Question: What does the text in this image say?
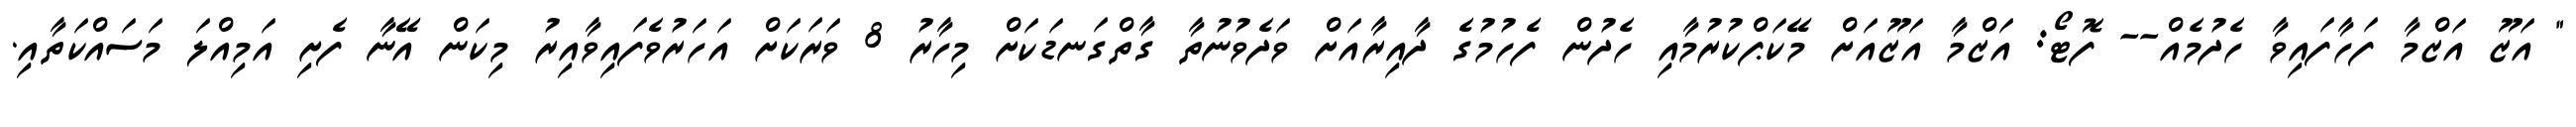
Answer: " އަޒޫ އަޒްމާ ފަހާފައިވާ ހެދުމެއް-- ފޮޓޯ: އަޒްމާ އަޒޫއަށް މޭކަޕްކުރުމާއި ހެދުން ފެހުމުގެ ދާއިރާއަށް ވަދެވުނުތާ ގާތްގަނޑަކަށް މިހާރު 8 ވަރަކަށް އަހަރުވެފައިވާއިރު މިކަން އޭނާ ފެށި އަމިއްލަ މަސައްކަތާއި.